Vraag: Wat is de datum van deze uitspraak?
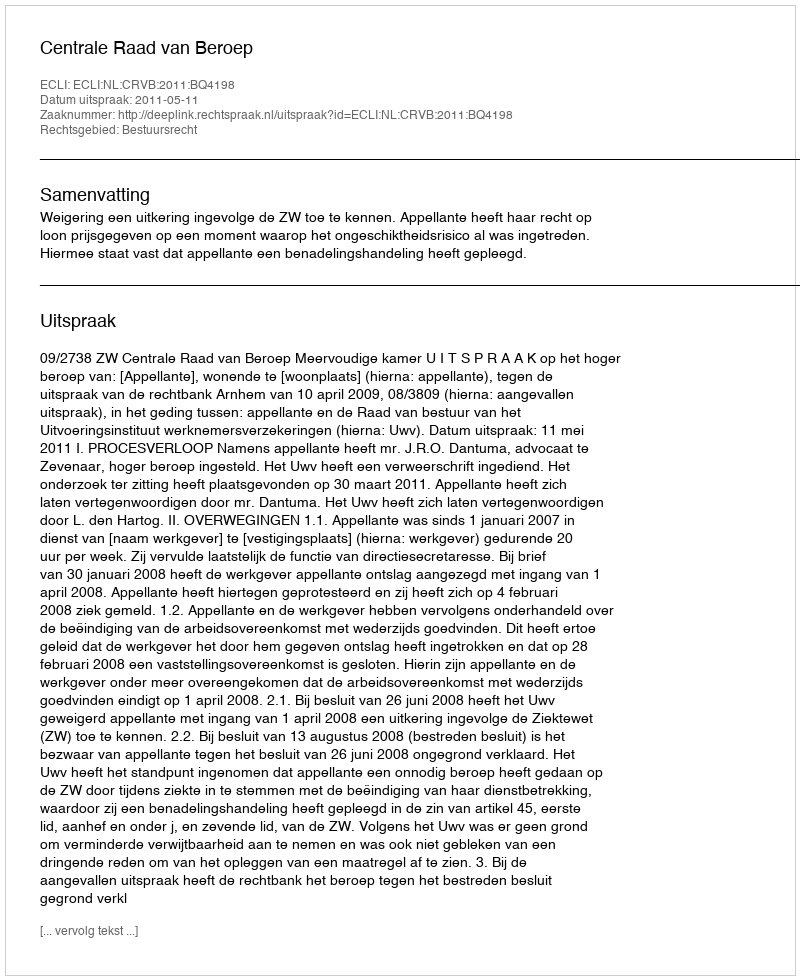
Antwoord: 2011-05-11